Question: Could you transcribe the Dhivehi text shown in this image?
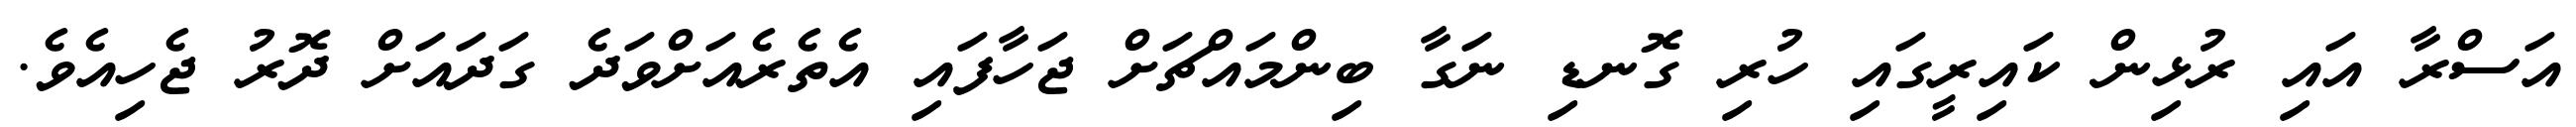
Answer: އަސްރާ އައި ރުޅިން ކައިރީގައި ހުރި ގޮނޑި ނަގާ ބިންމައްޗަށް ޖަހާފައި އެތެރެއަށްވަދެ ގަދައަށް ދޮރު ޖެހިއެވެ.